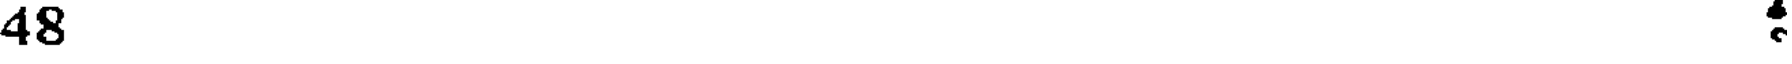
48